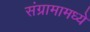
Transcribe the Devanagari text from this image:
संग्रामामध्‍ये